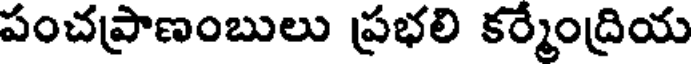
పంచప్రాణంబులు ప్రభలి కర్మేంద్రియ